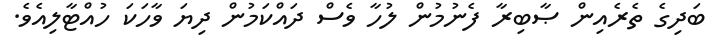
ބަދިގެ ތެރެއިން ޞާބިރާ ފެނުމުން ލުހާ ވެސް ދައްކަމުން ދިޔަ ވާހަކަ ހުއްޓާލިއެވެ.